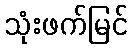
သုံးဖက်မြင်